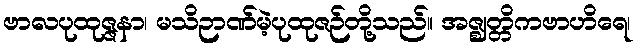
ဗာလပုထုဇ္ဇနာ၊ မသိဉာဏ်မဲ့ပုထုဇဉ်တို့သည်။ အဇ္ဈတ္တိကဗာဟိရေ၊